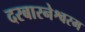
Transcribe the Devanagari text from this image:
दरबारनेश्वरम